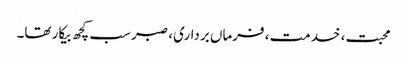
محبت، خدمت، فرماں برداری، صبر سب کچھ بیکار تھا۔